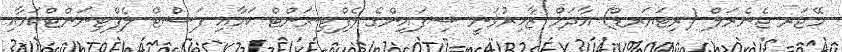
މޭޖަރ ޖެނެރަލް (ރިޓަޔަރޑް) އާދަމް ޒާހިރުވަނީ ސިފައިންގެ ލެފްޓިނަންޓް ކަމާއި ފަސްޓް ލެފްޓިނަންޓްކަމާއި